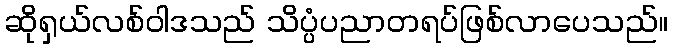
ဆိုရှယ်လစ်ဝါဒသည် သိပ္ပံပညာတရပ်ဖြစ်လာပေသည်။